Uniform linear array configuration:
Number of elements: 32
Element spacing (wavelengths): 1
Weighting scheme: blackman
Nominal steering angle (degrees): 45
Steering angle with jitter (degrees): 44.17
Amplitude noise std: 0.05
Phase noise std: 0.05

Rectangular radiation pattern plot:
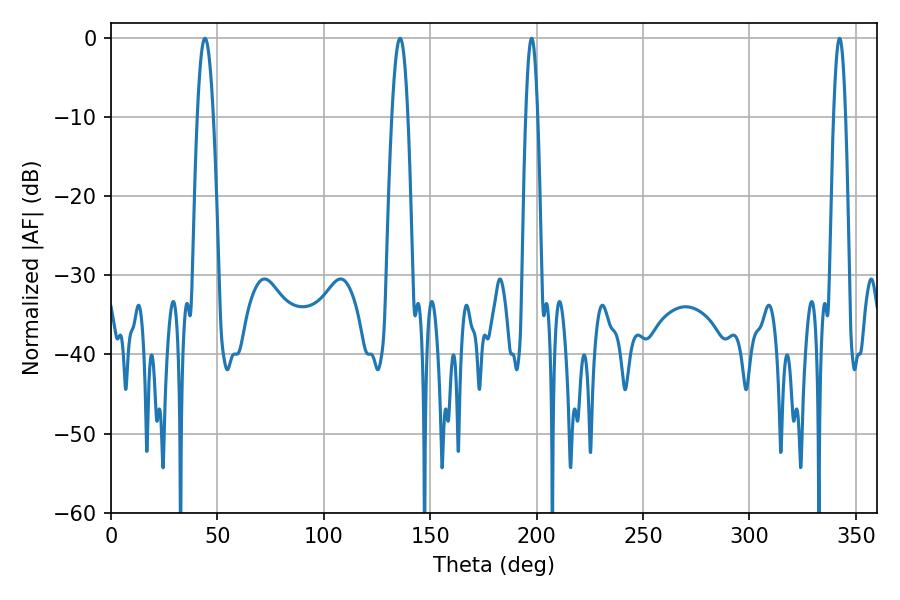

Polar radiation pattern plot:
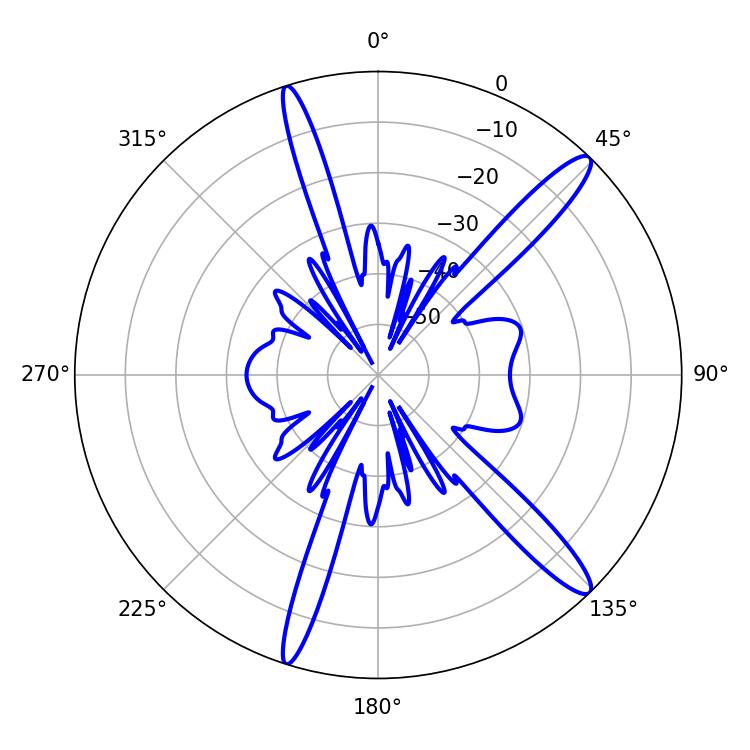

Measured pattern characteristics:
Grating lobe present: TRUE
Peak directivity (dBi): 14.327
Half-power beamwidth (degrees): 3.06
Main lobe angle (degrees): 197.64